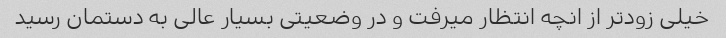
خیلی زودتر از انچه انتظار میرفت و در وضعیتی بسیار عالی به دستمان رسید